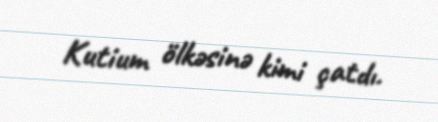
Kutium ölkəsinə kimi çatdı.